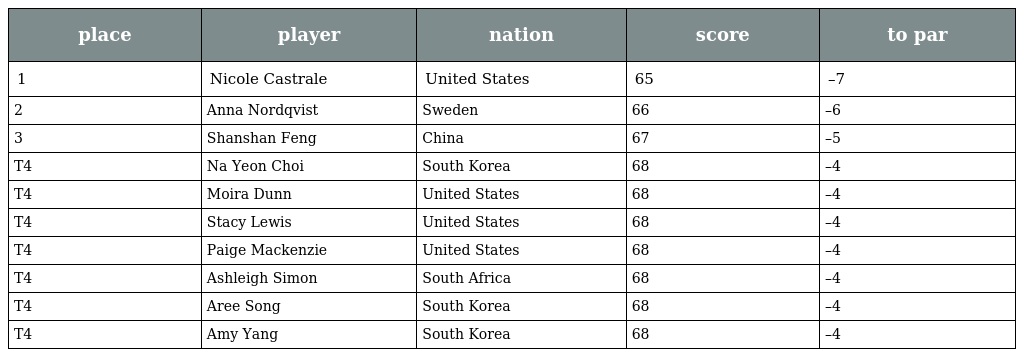
| place | player | nation | score | to par |
 | --- | --- | --- | --- | --- |
 | 1 | Nicole Castrale | United States | 65 | –7 |
 | 2 | Anna Nordqvist | Sweden | 66 | –6 |
 | 3 | Shanshan Feng | China | 67 | –5 |
 | T4 | Na Yeon Choi | South Korea | 68 | –4 |
 | T4 | Moira Dunn | United States | 68 | –4 |
 | T4 | Stacy Lewis | United States | 68 | –4 |
 | T4 | Paige Mackenzie | United States | 68 | –4 |
 | T4 | Ashleigh Simon | South Africa | 68 | –4 |
 | T4 | Aree Song | South Korea | 68 | –4 |
 | T4 | Amy Yang | South Korea | 68 | –4 |